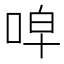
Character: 唕